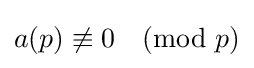
a(p)\not \equiv 0{\pmod {p}}